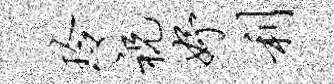
玲祝妤利